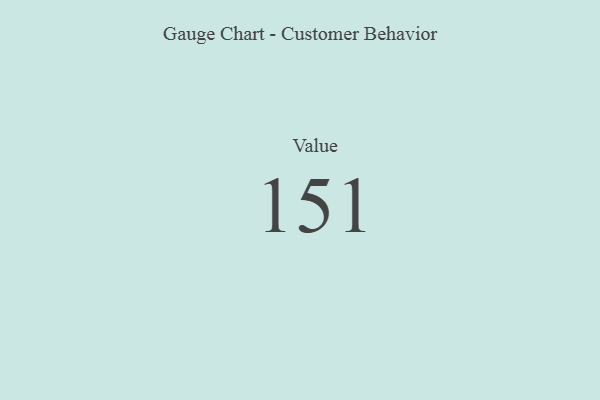
{"axis": {"x": "Metric", "y": "Value"}, "legend": [""], "data": [{"x": "Value", "y": 151, "type": ""}]}